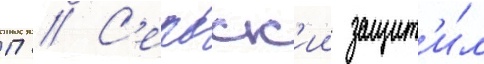
П // С'ербск'ии защит'и́л